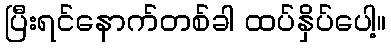
ပြီးရင်နောက်တစ်ခါ ထပ်နှိပ်ပေါ့။